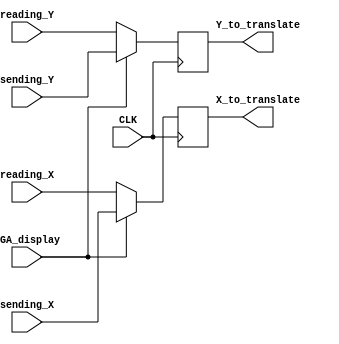
//----------------------------------------------------------------------------------------------------------------------//
module VGA_controller(CLK,VGA_display,reading_X,reading_Y,sending_X,sending_Y,X_to_translate,Y_to_translate);
input VGA_display;
input CLK;
input [7:0]reading_X,sending_X;
input [6:0]reading_Y,sending_Y;
output reg [7:0]X_to_translate;
output reg [6:0]Y_to_translate;

always@(posedge CLK)
begin
	
	if(VGA_display==1'b1)
		begin 
		X_to_translate<=sending_X;
		Y_to_translate<=sending_Y;
		end
	else
		begin 
		X_to_translate<=reading_X;
		Y_to_translate<=reading_Y;
		end
 
end

endmodule 

//Address chooser-------------------------------------------------------------------------------------------------------//
module choose_address(VGA_display,storing_mode_address,displaying_mode_address,address_to_access);
input VGA_display;
input [14:0]storing_mode_address,displaying_mode_address;
output reg [14:0]address_to_access;
always@(*)
begin
	if(VGA_display)
	address_to_access=storing_mode_address;
	else
	address_to_access=displaying_mode_address;
end

endmodule